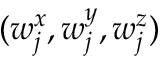
( w _ { j } ^ { x } , w _ { j } ^ { y } , w _ { j } ^ { z } )